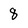
Character: 8